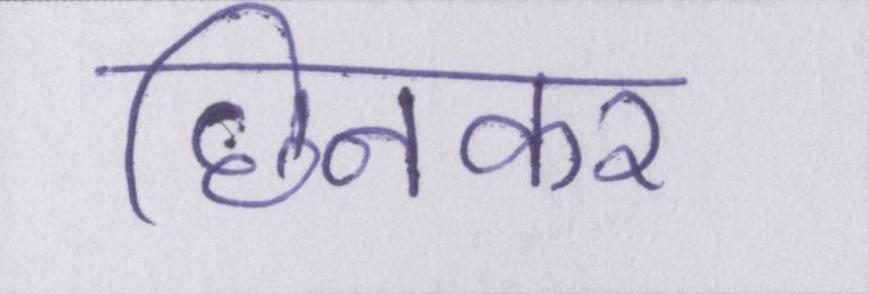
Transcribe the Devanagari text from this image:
छिनकर